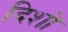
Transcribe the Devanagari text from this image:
दिशों